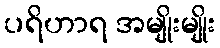
ပရိဟာရ အမျိုးမျိုး